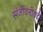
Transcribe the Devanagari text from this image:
संजीवनीवटी